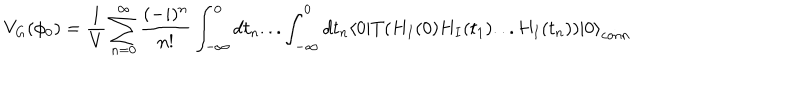
V _ { G } ( \phi _ { 0 } ) = { \frac { 1 } { V } } \sum _ { n = 0 } ^ { \infty } \frac { ( - i ) ^ { n } } { n ! } \int _ { - \infty } ^ { 0 } d t _ { n } . . . \int _ { - \infty } ^ { 0 } d t _ { n } \langle 0 | T ( H _ { I } ( 0 ) H _ { I } ( t _ { 1 } ) . . . H _ { I } ( t _ { n } ) ) | 0 { \rangle } _ { c o n n }